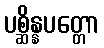
ပစ္ဆိန္နပတ္တော